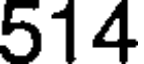
514